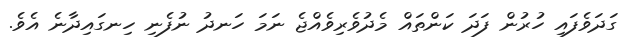
ގަދަވެފައި ހުރުން ފަދަ ކަންތައް މެދުވެރިވެއްޖެ ނަމަ ހަނދު ނުފެނި ހިނގައިދާނެ އެވެ.